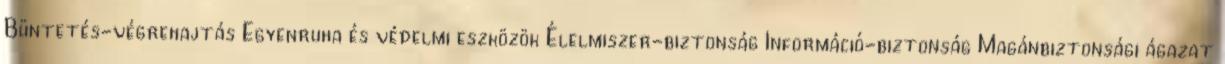
Büntetés-végrehajtás Egyenruha és védelmi eszközök Élelmiszer-biztonság Információ-biztonság Magánbiztonsági ágazat